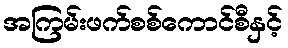
အကြမ်းဖက်စစ်ကောင်စီနှင့်